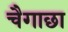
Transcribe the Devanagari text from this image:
चैगाछा